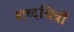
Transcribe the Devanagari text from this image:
शब्दचित्रों